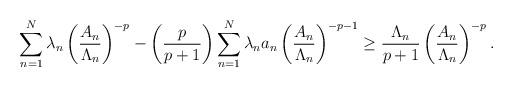
LaTeX: \begin{align*} \sum_{n=1}^N\lambda_n\left(\frac{A_n}{\Lambda_n}\right)^{-p} - \left(\frac{p}{p+1}\right)\sum_{n=1}^N\lambda_na_n\left(\frac{A_n}{\Lambda_n}\right)^{-p-1} \geq \frac{\Lambda_n}{p+1}\left(\frac{A_n}{\Lambda_n}\right)^{-p}.\end{align*}